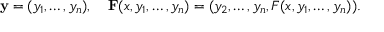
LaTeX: \mathbf { y } = ( y _ { 1 } , \ldots , y _ { n } ) , \quad \mathbf { F } ( x , y _ { 1 } , \ldots , y _ { n } ) = ( y _ { 2 } , \ldots , y _ { n } , F ( x , y _ { 1 } , \ldots , y _ { n } ) ) .